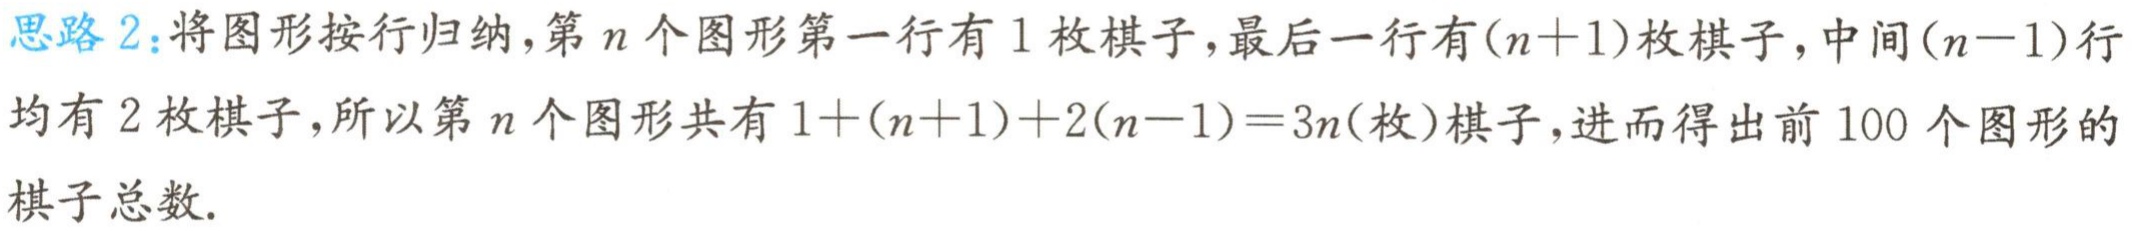
思路 2：将图形按行归纳，第\(n\)个图形第一行有\(1\)枚棋子，最后一行有\((n + 1)\)枚棋子，中间\((n - 1)\)行均有\(2\)枚棋子，所以第\(n\)个图形共有\(1+(n + 1)+2(n - 1)=3n\)(枚)棋子，进而得出前\(100\)个图形的棋子总数.